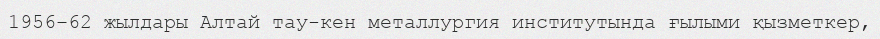
1956–62 жылдары Алтай тау-кен металлургия институтында ғылыми қызметкер,